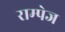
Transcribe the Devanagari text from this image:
राम्पेज